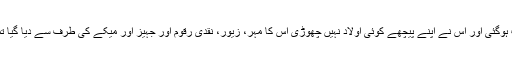
(۳) جس خاتون کی وفات ہوگئی اور اُس نے اپنے پیچھے کوئی اولاد نہیں چھوڑی اُس کا مہر، زیور، نقدی رقوم اور جہیز اور میکے کی طرف سے دیا گیا تمام سامان جمع کیا جائے۔